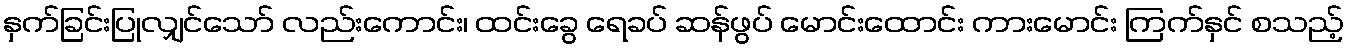
နှက်ခြင်းပြုလျှင်သော် လည်းကောင်း၊ ထင်းခွေ ရေခပ် ဆန်ဖွပ် မောင်းထောင်း ကားမောင်း ကြက်နှင် စသည့်